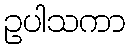
ဥပါသကာ